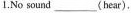
1.No sound ___ (hear).